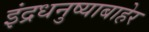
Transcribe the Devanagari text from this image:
इंद्रधनुष्याबाहेर